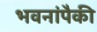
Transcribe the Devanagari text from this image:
भवनांपैकी